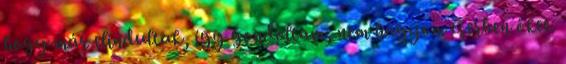
hogy már elindultak, így gondoltam, nem hagyom cserben őket.